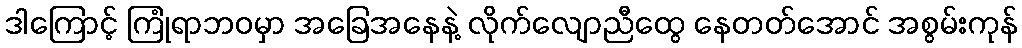
ဒါကြောင့် ကြုံရာဘဝမှာ အခြေအနေနဲ့ လိုက်လျောညီထွေ နေတတ်အောင် အစွမ်းကုန်